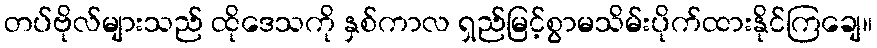
တပ်ဗိုလ်များသည် ထိုဒေသကို နှစ်ကာလ ရှည်မြင့်စွာမသိမ်းပိုက်ထားနိုင်ကြချေ။